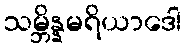
သမ္ဘိန္နမရိယာဒေါ